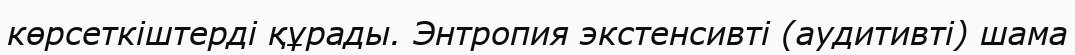
көрсеткіштерді құрады. Энтропия экстенсивті (аудитивті) шама